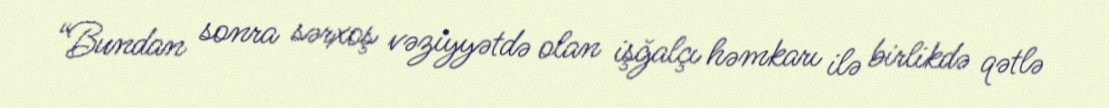
“Bundan sonra sərxoş vəziyyətdə olan işğalçı həmkarı ilə birlikdə qətlə